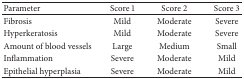
<table><thead><tr><td><b>Parameter</b></td><td><b>Score 1</b></td><td><b>Score 2</b></td><td><b>Score 3</b></td></tr></thead><tbody><tr><td>Fibrosis</td><td>Mild</td><td>Moderate</td><td>Severe</td></tr><tr><td>Hyperkeratosis</td><td>Mild</td><td>Moderate</td><td>Severe</td></tr><tr><td>Amount of blood vessels</td><td>Large</td><td>Medium</td><td>Small</td></tr><tr><td>Inflammation</td><td>Severe</td><td>Moderate</td><td>Mild</td></tr><tr><td>Epithelial hyperplasia</td><td>Severe</td><td>Moderate</td><td>Mild</td></tr></tbody></table>